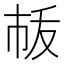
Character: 𢂛